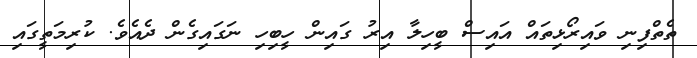
ތެތްފިނި ވައިރޯޅިތައް އައިސް ބީހިލާ އިރު ގައިން ހީބިހި ނަގައިގެން ދެއެވެ. ކުރިމަތީގައި